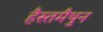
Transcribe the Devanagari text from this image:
हैस्तमैथुन